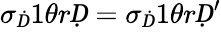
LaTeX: \sigma_{Ḋ}1\theta rḌ=\sigma_{Ḋ}1\theta rḌ^{\prime}